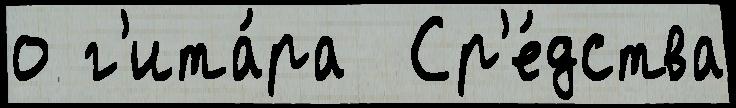
о г'ита́ра  Ср'е́дства